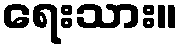
ရေးသား။